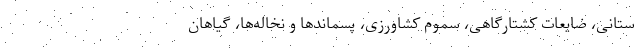
ستانی، ضایعات کشتارگاهی، سموم کشاورزی، پسماندها و نخاله‌ها، گیاهان